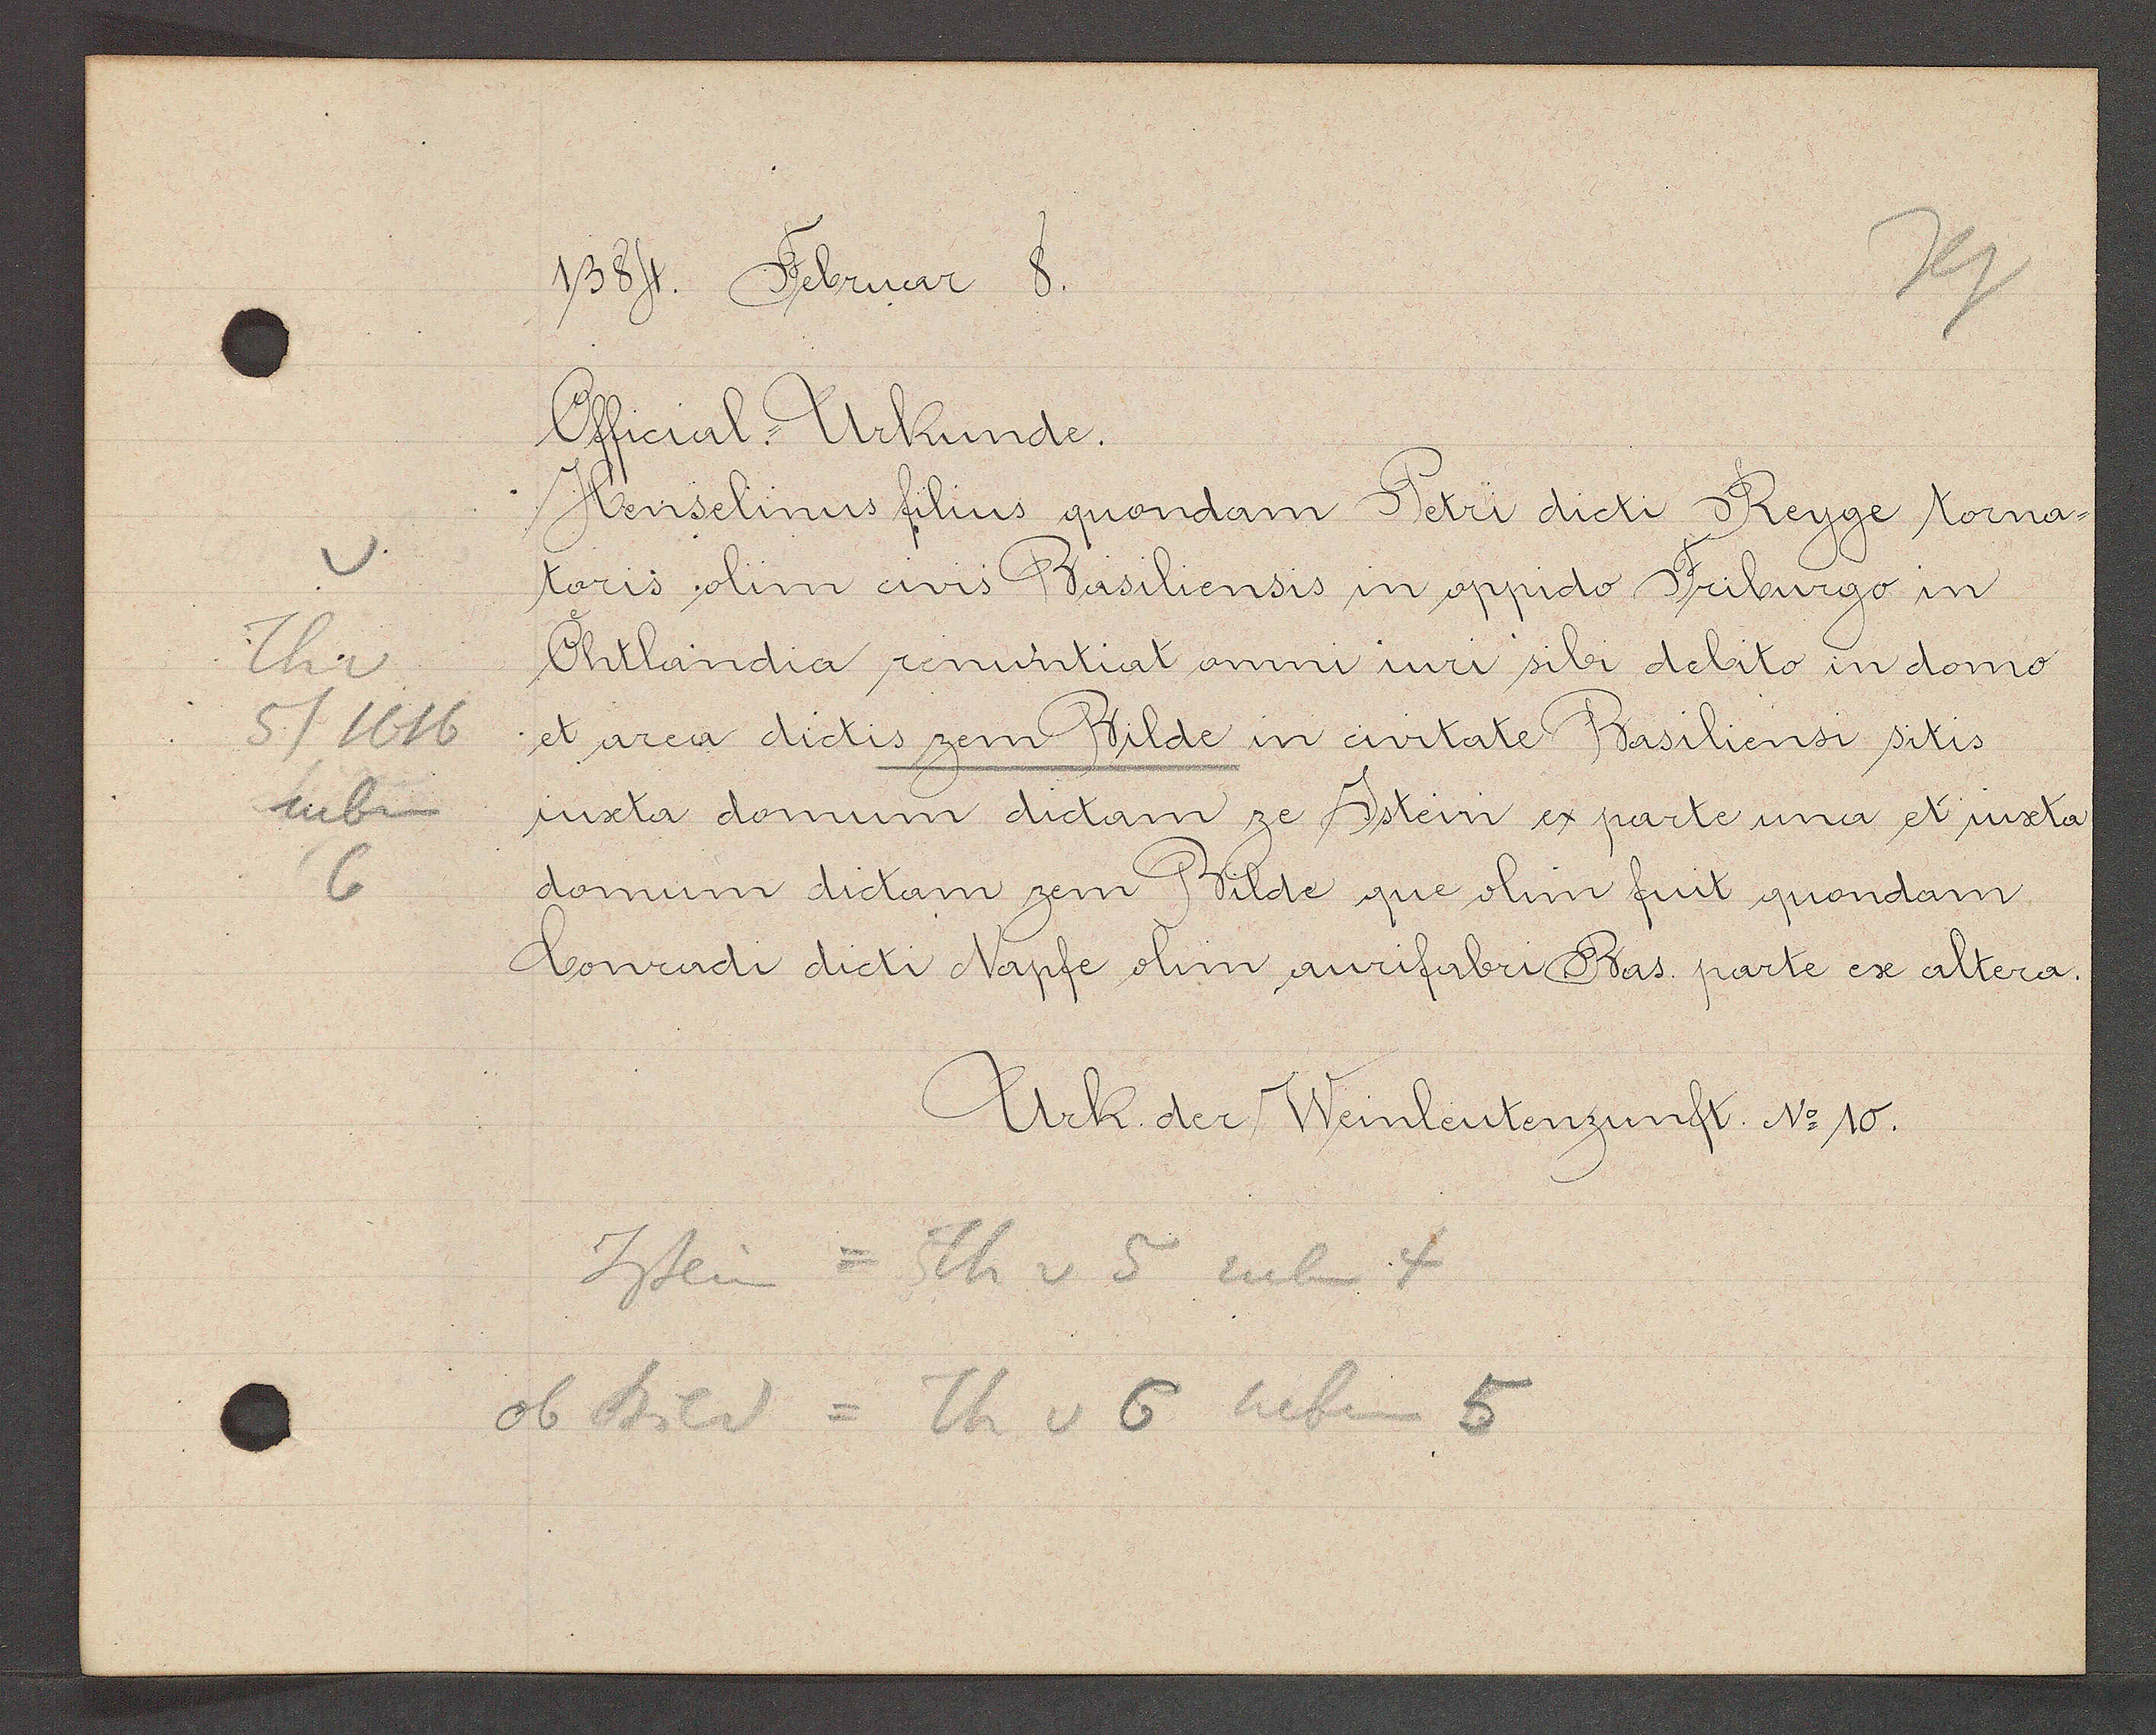
Transcript:
Th v
5/1616
neben
6

1384. Februar 8.

Official-Urkunde.
Henselinus filius quondam Petri dicti Reyge torna-
toris olim civis Basiliensis in oppido Friburgo in
Ohtlandia renuntiat omni iuri sibi debito in domo
et area dictis zem Bilde in civitate Basiliensi sitis
iuxta domum dictam ze Jstein ex parte una et iuxta
domum dictam zem Bilde que olim fuit quondarn
Conradi dicti Napfe olim aurifabri Bas parte ex altera.

Jstein = Tth v 5 neben 4
ob Bild = Th v 6 neben 5

Urk. der Weinleutenzunft No 10.